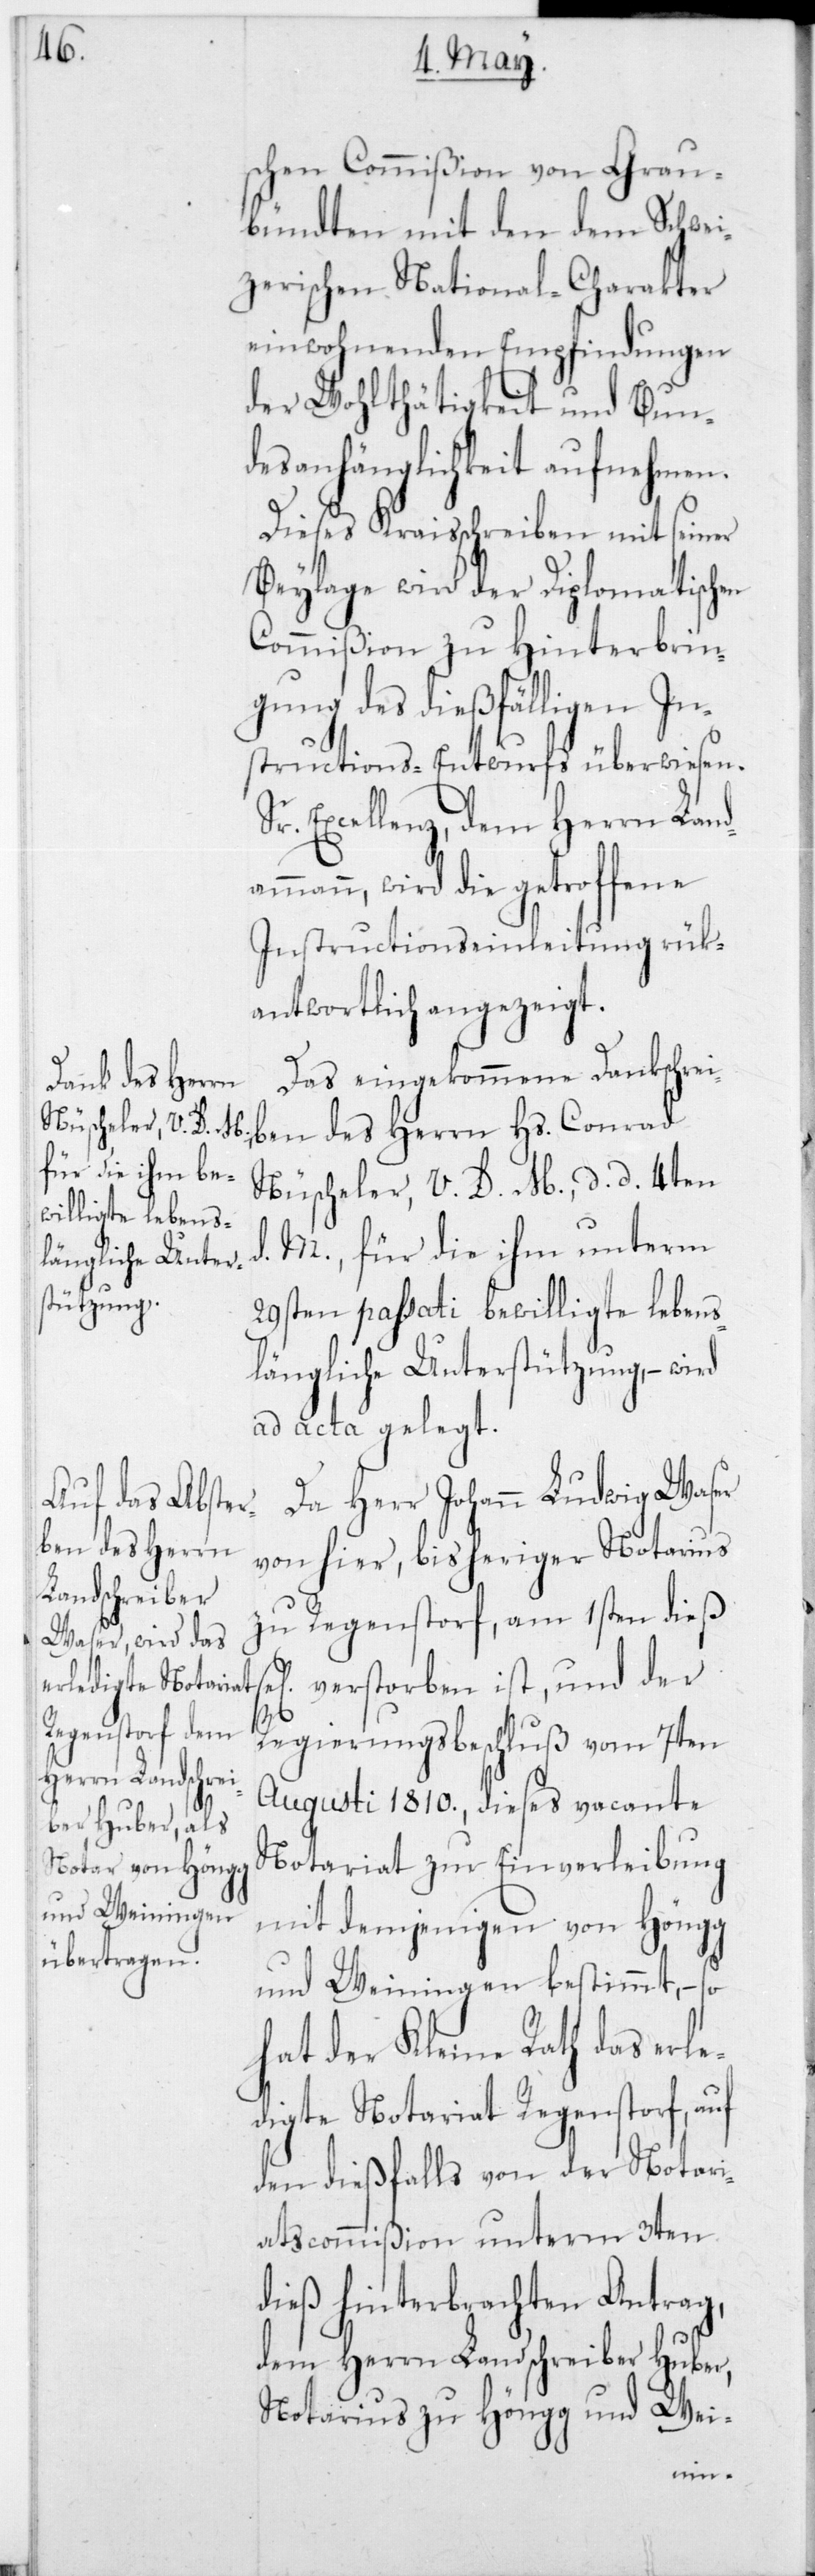
schen Commißion von Grau¬
bündten mit den dem Schwei¬
zerischen National-Charakter
einwohnenden Empfindungen
der Wohlthätigkeit und Bun¬
desanhänglichkeit aufnehmen.
Dieses Kreisschreiben mit seiner
Beylage wird der Diplomatischen
Commißion zu Hinterbrin¬
gung des dießfälligen In¬
structions-Entwurfs überwiesen.
Sr Excellenz, dem Herrn Land¬
ammann, wird die getroffene
Instructionseinleitung rük¬
antwortlich angezeigt.
Das eingekommene Dankschrei¬
ben des Herrn Hs. Conrad
Nüscheler, V. D. M., d. d. 4ten
M., für die ihm unterm
29sten passati bewilligte lebens¬
längliche Unterstützung, – wird
ad acta gelegt.
Da Herr Johann Ludwig Waser
von hier, bisheriger Notarius
zu Regenstorf, am 1sten dieß s¬
el. verstorben ist, und der
Regierungsbeschluß vom 7ten
Augusti 1810, dieses vacante
Notariat zur Einverleibung
mit demjenigen von Höngg
und Weiningen bestimmt, – so
hat der Kleine Rath das erle¬
digte Notariat Regenstorf, auf
den dießfalls von der Notari¬
atscommißion unterm 3ten
dieß hinterbrachten Antrag,
dem Herrn Landschreiber Huber,
Notarius zu Höngg und Wei-